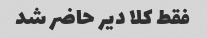
فقط کلا دیر حاضر شد